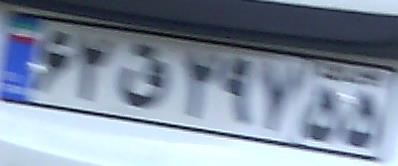
۶۲ق۲۹۷۵۵